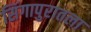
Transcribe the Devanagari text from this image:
सिंगापुरातला